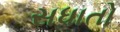
સધાતો